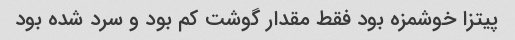
پیتزا خوشمزه بود فقط مقدار گوشت کم بود و سرد شده بود